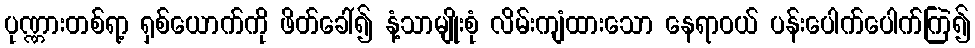
ပုဏ္ဏားတစ်ရာ့ ရှစ်ယောက်ကို ဖိတ်ခေါ်၍ နံ့သာမျိုးစုံ လိမ်းကျံထားသော နေရာဝယ် ပန်းပေါက်ပေါက်ကြဲ၍